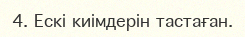
4. Ескі киімдерін тастаған.